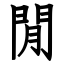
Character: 閒